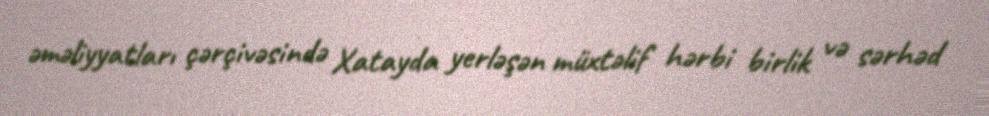
əməliyyatları çərçivəsində Xatayda yerləşən müxtəlif hərbi birlik və sərhəd